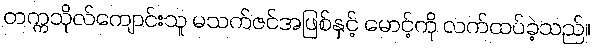
တက္ကသိုလ်ကျောင်းသူ မသက်ဇင်အဖြစ်နှင့် မောင့်ကို လက်ထပ်ခဲ့သည်။